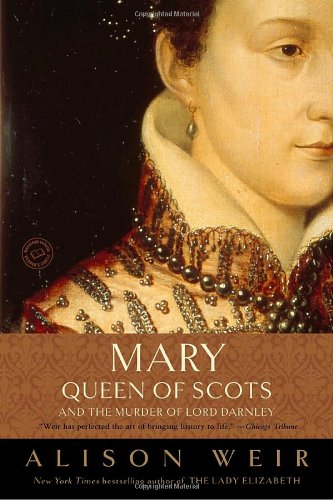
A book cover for Mary, Queen of Scots, and the Murder of Lord Darnley; Alison Weir; Biographies & Memoirs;